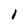
Character: l